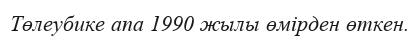
Төлеубике апа 1990 жылы өмірден өткен.